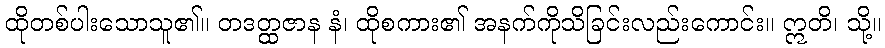
ထိုတစ်ပါးသောသူ၏။ တဒတ္ထဇာန နံ၊ ထိုစကား၏ အနက်ကိုသိခြင်းလည်းကောင်း။ ဣတိ၊ သို့။